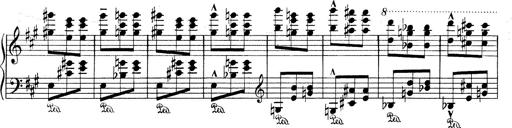
Title: Mephisto Waltz No.1
Composer: Franz Liszt